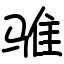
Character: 骓